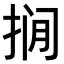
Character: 𪭾